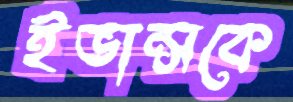
ইভান্সকে